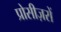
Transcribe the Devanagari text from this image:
प्रोसीज़रों